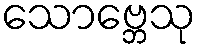
သောဗ္ဘေသု